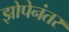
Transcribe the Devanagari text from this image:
झोपेनंतर